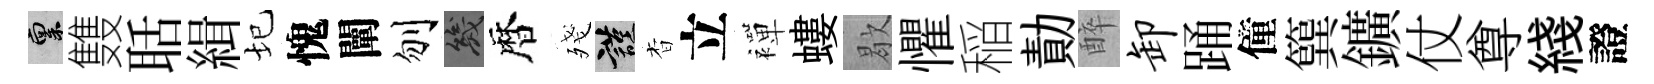
禀䨇聒緝圮愧闡刎幾暦殘謹杳立襌螻歇懼稲勣醉卸踊僮簨鑛仗尊綫證